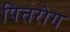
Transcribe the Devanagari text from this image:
पित्तरोग